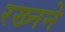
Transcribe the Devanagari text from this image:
रख्नने